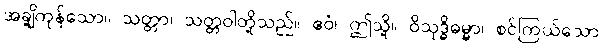
အချို့ကုန်သော။ သတ္တာ၊ သတ္တဝါတို့သည်။ ဧဝံ၊ ဤသို့။ ဝိသုဒ္ဓိဓမ္မာ၊ စင်ကြယ်သော